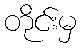
တိုင်းမှ